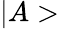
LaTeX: |A>